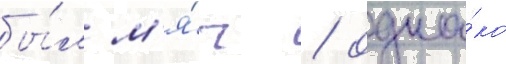
бы́л м'я́ч / одна́ко